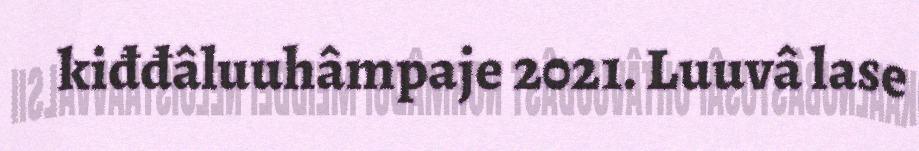
kiđđâluuhâmpaje 2021. Luuvâ lase